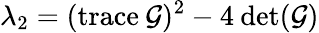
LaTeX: \lambda_{2}=(\mathrm{trace}\: \mathcal{G})^{2}-4\: \mathrm{det}(\mathcal{G})